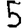
Digit: 5